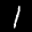
Label: 1